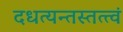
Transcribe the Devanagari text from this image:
दधत्यन्तस्तत्त्वं